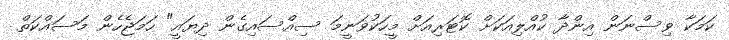
ކަމަކާ ވިސްނަން އިންދާ ކުއްލިއަކަށް ކޮޓަރިއަށް މީހަކުވަނީމަ ސިއްސައިގެން ދިޔައީ" ހަމަޖެހެން މަސައްކަތް